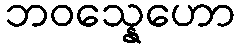
ဘဝသ္နေဟော